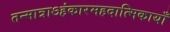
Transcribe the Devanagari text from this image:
तन्मात्राऽहंकारमहदात्मिकायाँ